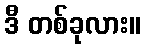
ဒီ တစ်ခုလား။